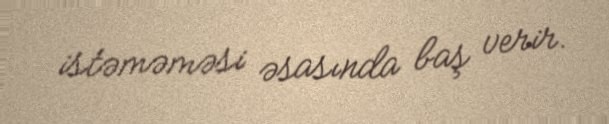
istəməməsi əsasında baş verir.